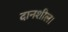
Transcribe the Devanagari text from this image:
दानशील।